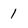
Character: 1